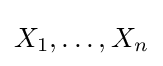
X_{1},\dotsc ,X_{n}